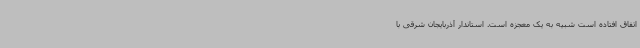
اتفاق افتاده است شبیه به یک معجزه است. استاندار آذربایجان شرقی با